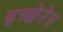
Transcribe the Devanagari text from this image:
इच्छेनेच